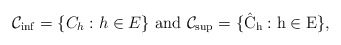
\begin{align*}\mathcal{C}_{\inf}= \{C_h: h \in E\}~\rm {and}~\mathcal{C}_{\sup}= \{\hat{C}_h: h \in E\}, \end{align*}